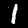
Label: 1